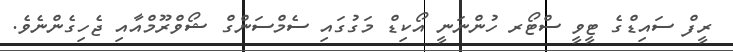
ރީފް ސައިޑްގެ ޓީވީ ސްޓޯރ ހުންނަނީ އޯކިޑް މަގުގައި ސެމްސަންގް ޝޯވްރޫމްއާއި ޖެހިގެންނެވެ.